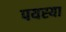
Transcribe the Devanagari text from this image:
पयस्या